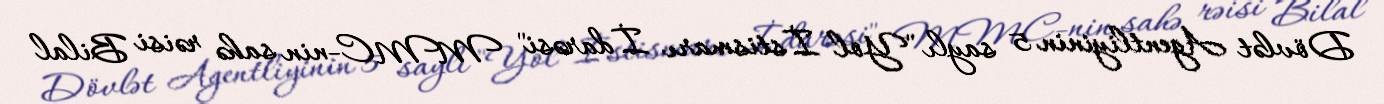
Dövlət Agentliyinin 5 saylı "Yol İstismarı İdarəsi" MMC-nin sahə rəisi Bilal